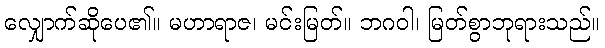
လျှောက်ဆိုပေ၏။ မဟာရာဇ၊ မင်းမြတ်။ ဘဂဝါ၊ မြတ်စွာဘုရားသည်။